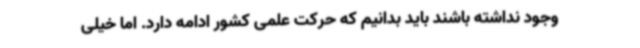
وجود نداشته باشند باید بدانیم که حرکت علمی کشور ادامه دارد. اما خیلی